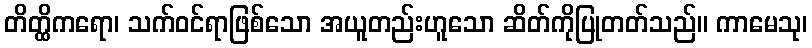
တိတ္ထိကရော၊ သက်ဝင်ရာဖြစ်သော အယူတည်းဟူသော ဆိတ်ကိုပြုတတ်သည်။ ကာမေသု၊